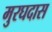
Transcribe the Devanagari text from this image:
मुरघदास